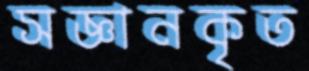
সজ্ঞানকৃত